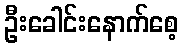
ဦးခေါင်းနောက်စေ့